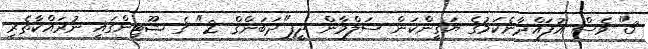
3" ވެސް އުފައްދާނެކަމުގެ ޔަގީންކަން ސަލްމާން ދީފި"ދަބަންގް 2" ގެ ޝޫޓިންގައި ނުރައްކާތެރި